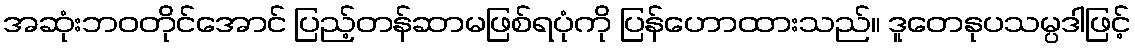
အဆုံးဘဝတိုင်အောင် ပြည့်တန်ဆာမဖြစ်ရပုံကို ပြန်ဟောထားသည်။ ဒူတေနုပသမ္ပဒါဖြင့်